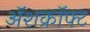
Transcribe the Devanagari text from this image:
अॅशक्रॉफ्ट